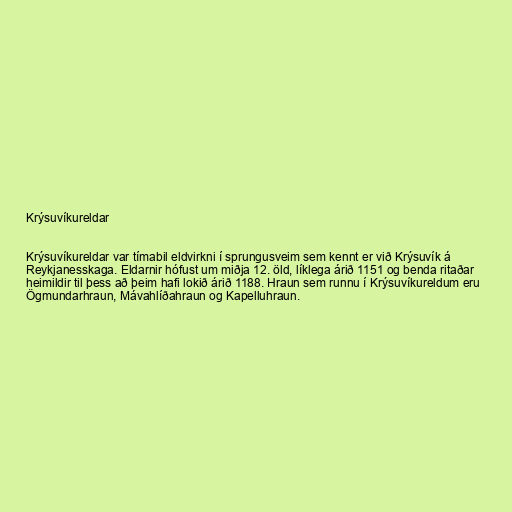
Krýsuvíkureldar

Krýsuvíkureldar var tímabil eldvirkni í sprungusveim sem kennt er við Krýsuvík á
Reykjanesskaga. Eldarnir hófust um miðja 12. öld, líklega árið 1151 og benda ritaðar
heimildir til þess að þeim hafi lokið árið 1188. Hraun sem runnu í Krýsuvíkureldum eru
Ögmundarhraun, Mávahlíðahraun og Kapelluhraun.